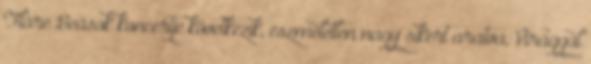
Fláre Beások koncertje következik, eszméletlen nagy sikert aratva, Virággal